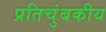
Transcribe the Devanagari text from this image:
प्रतिचुंबकीय